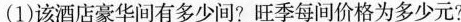
(1)该酒店豪华间有多少间?旺季每间价格为多少元?